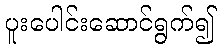
ပူးပေါင်းဆောင်ရွက်၍